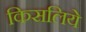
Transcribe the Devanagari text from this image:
किसलिये